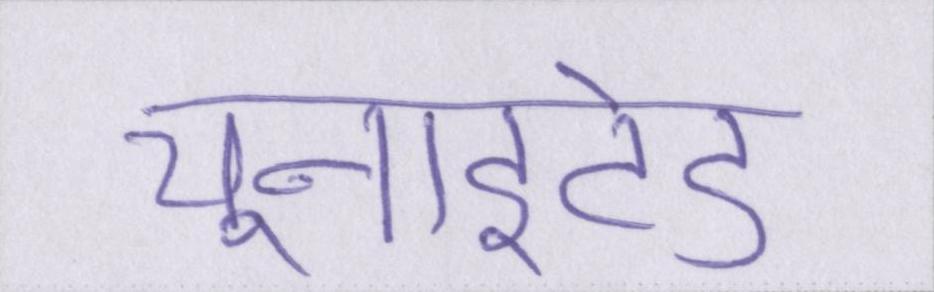
यूनाइटेड